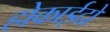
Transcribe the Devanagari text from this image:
होकाईदो